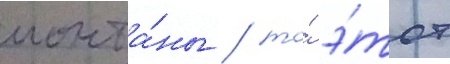
монта́ны / то́ э́тот